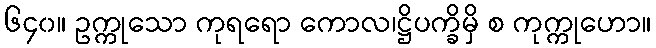
၆၄၀။ ဥက္ကုသော ကုရရော ကောလ၊ဋ္ဌိပက္ခိမှိ စ ကုက္ကုဟော။